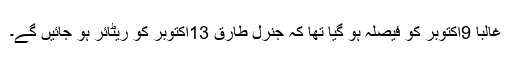
غالباً 9اکتوبر کو فیصلہ ہو گیا تھا کہ جنرل طارق 13اکتوبر کو ریٹائر ہو جائیں گے۔